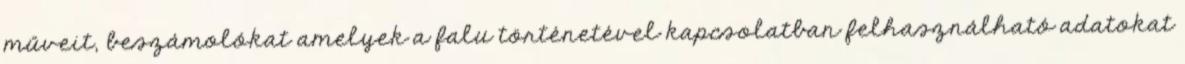
műveit, beszámolókat amelyek a falu történetével kapcsolatban felhasználható adatokat